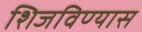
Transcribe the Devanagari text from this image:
शिजविण्यास